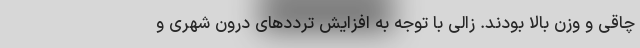
چاقی و وزن بالا بودند. زالی با توجه به افزایش ترددهای درون شهری و